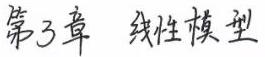
第3章 线性模型